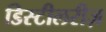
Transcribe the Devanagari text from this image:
डिस्टीलरीज़